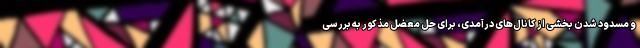
و مسدود شدن بخشی از کانال‌های درآمدی، برای حل معضل مذکور به بررسی